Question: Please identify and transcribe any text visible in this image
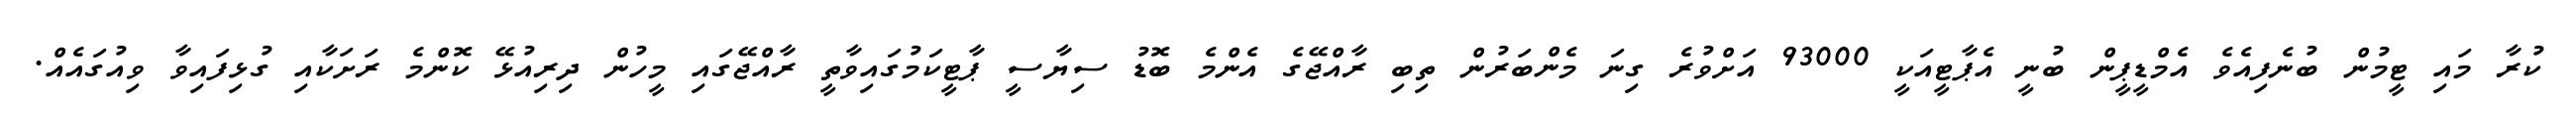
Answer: ކުރާ މައި ޓީމުން ބުނެފިއެވެ އެމްޑީޕީން ބުނީ އެޕާޓީއަކީ 93000 އަށްވުރެ ގިނަ މެންބަރުން ތިބި ރާއްޖޭގެ އެންމެ ބޮޑު ސިޔާސީ ޕާޓީކަމުގައިވާތީ ރާއްޖޭގައި މީހުން ދިރިއުޅޭ ކޮންމެ ރަށަކާއި ގުޅިފައިވާ ވިއުގައެއް.